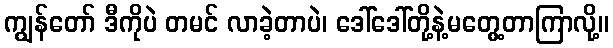
ကျွန်တော် ဒီကိုပဲ တမင် လာခဲ့တာပဲ၊ ဒေါ်ဒေါ်တို့နဲ့မတွေ့တာကြာလို့။